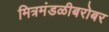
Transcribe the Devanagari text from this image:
मित्रमंडळीबरोबर